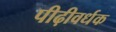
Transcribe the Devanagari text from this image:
पीढ़ीवर्धक